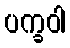
ပက္ခဝါ